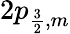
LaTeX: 2p_{\frac{3}{2},m}